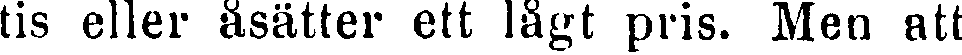
tis eller åsätter ett lågt pris. Men att